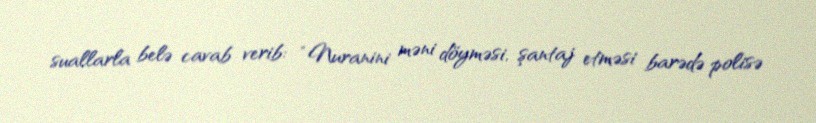
suallarla belə cavab verib: “Nuranini məni döyməsi, şantaj etməsi barədə polisə